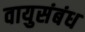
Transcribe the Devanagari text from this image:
वायुसंबंध